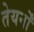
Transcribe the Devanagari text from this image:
तेयर्नों